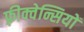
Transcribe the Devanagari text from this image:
फ़्रीक्वेन्सियों